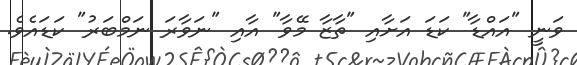
ވަނީ "އައްޑާ" ކަޑަ އަށާއި "ތާޒާ މޭވާ" އާއި "ނަވާރަ ނަމްބަރު" ކަޑައެވެ.